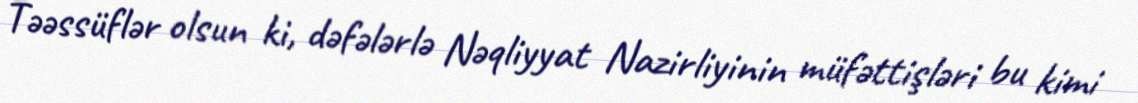
Təəssüflər olsun ki, dəfələrlə Nəqliyyat Nazirliyinin müfəttişləri bu kimi